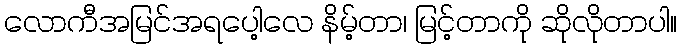
လောကီအမြင်အရပေါ့လေ နိမ့်တာ၊ မြင့်တာကို ဆိုလိုတာပါ။